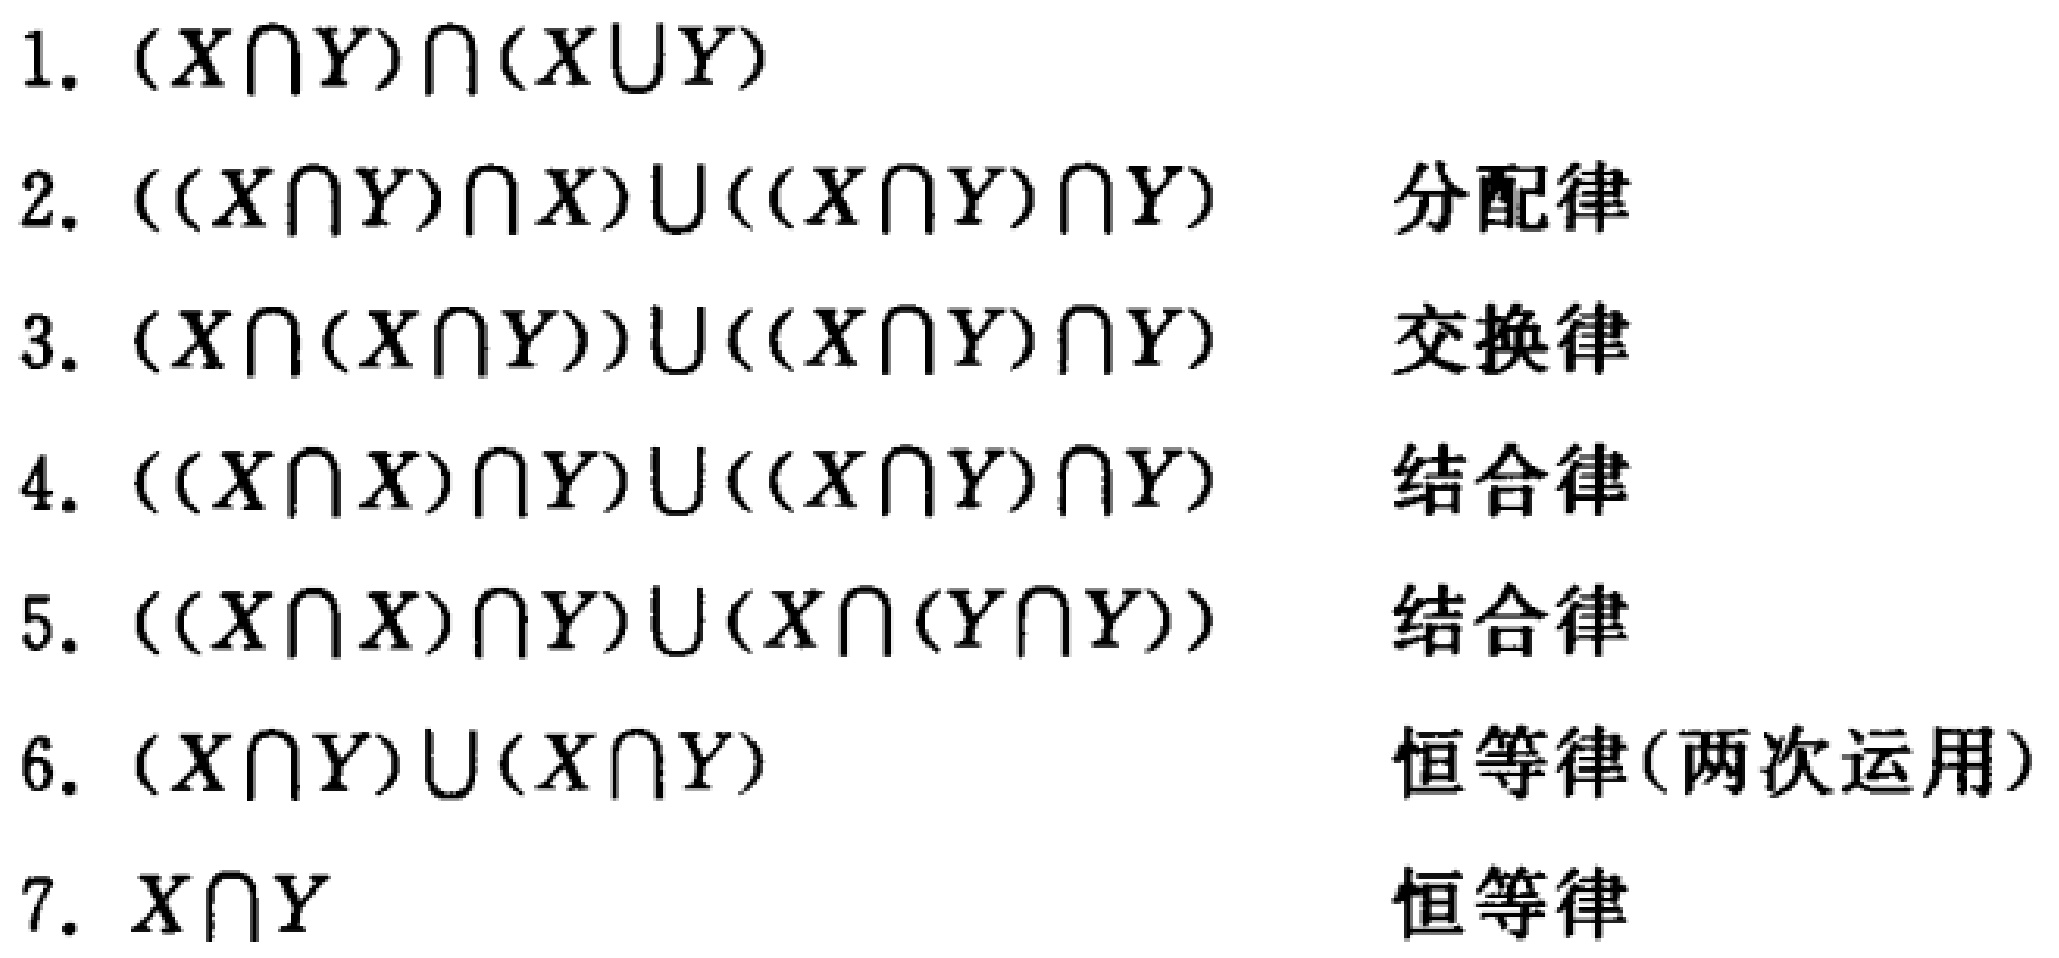
1. $(X\cap Y)\cap(X\cup Y)$

2. $((X\cap Y)\cap X)\cup((X\cap Y)\cap Y)$ \quad 分配律

3. $(X\cap(X\cap Y))\cup((X\cap Y)\cap Y)$ \quad 交换律

4. $((X\cap X)\cap Y)\cup((X\cap Y)\cap Y)$ \quad 结合律

5. $((X\cap X)\cap Y)\cup(X\cap(Y\cap Y))$ \quad 结合律

6. $(X\cap Y)\cup(X\cap Y)$ \quad 恒等律(两次运用)

7. $X\cap Y$ \quad 恒等律